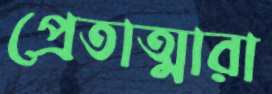
প্রেতাত্মারা